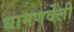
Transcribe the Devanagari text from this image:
धामणवेली